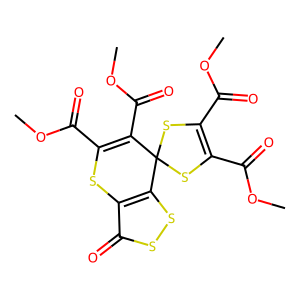
SMILES: COC(=O)C1=C(C(=O)OC)SC2(S1)C(C(=O)OC)=C(C(=O)OC)Sc1c2ssc1=O
Inhibits HIV replication: No